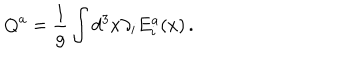
Q ^ { a } = \frac 1 { g } \int d ^ { 3 } x \partial _ { i } E _ { i } ^ { a } ( x ) \, .